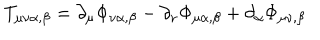
T _ { \mu \nu \alpha , \beta } = \partial _ { \mu } \Phi _ { \nu \alpha , \beta } - \partial _ { \nu } \Phi _ { \mu \alpha , \beta } + \partial _ { \alpha } \Phi _ { \mu \nu , \beta }